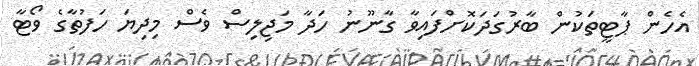
އެހެން ޕާޓީތަކުން ބާރުގަދަކޮށްފައިވާ ގާނޫނު ހަދާ މަޖިލިސް ވެސް މިދިޔަ ހަފުތާގެ ވޯޓާ